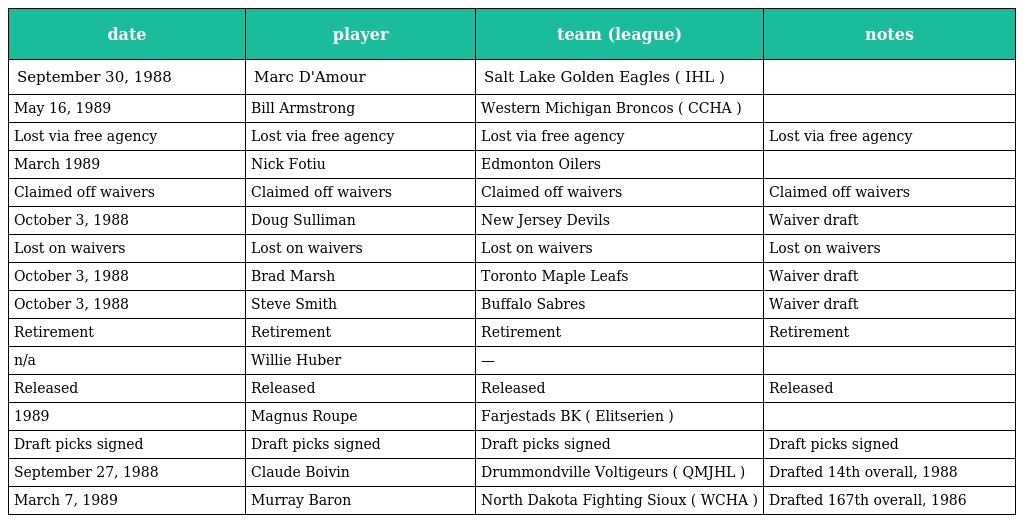
| date | player | team (league) | notes |
 | --- | --- | --- | --- |
 | September 30, 1988 | Marc D'Amour | Salt Lake Golden Eagles ( IHL ) |  |
 | May 16, 1989 | Bill Armstrong | Western Michigan Broncos ( CCHA ) |  |
 | Lost via free agency | Lost via free agency | Lost via free agency | Lost via free agency |
 | March 1989 | Nick Fotiu | Edmonton Oilers |  |
 | Claimed off waivers | Claimed off waivers | Claimed off waivers | Claimed off waivers |
 | October 3, 1988 | Doug Sulliman | New Jersey Devils | Waiver draft |
 | Lost on waivers | Lost on waivers | Lost on waivers | Lost on waivers |
 | October 3, 1988 | Brad Marsh | Toronto Maple Leafs | Waiver draft |
 | October 3, 1988 | Steve Smith | Buffalo Sabres | Waiver draft |
 | Retirement | Retirement | Retirement | Retirement |
 | n/a | Willie Huber | — |  |
 | Released | Released | Released | Released |
 | 1989 | Magnus Roupe | Farjestads BK ( Elitserien ) |  |
 | Draft picks signed | Draft picks signed | Draft picks signed | Draft picks signed |
 | September 27, 1988 | Claude Boivin | Drummondville Voltigeurs ( QMJHL ) | Drafted 14th overall, 1988 |
 | March 7, 1989 | Murray Baron | North Dakota Fighting Sioux ( WCHA ) | Drafted 167th overall, 1986 |